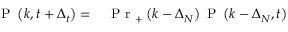
\begin{array} { r l } { \mathrm { ~ P ~ } \left( k , t + \Delta _ { t } \right) = \, } & { { } \mathrm { ~ P ~ r ~ } _ { + } \left( k - \Delta _ { N } \right) \mathrm { ~ P ~ } \left( k - \Delta _ { N } , t \right) } \end{array}